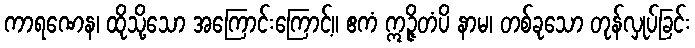
ကာရဏေန၊ ထိုသို့သော အကြောင်းကြောင့်။ ဧကံ ဣဉ္ဇိတံပိ နာမ၊ တစ်ခုသော တုန်လှုပ်ခြင်း